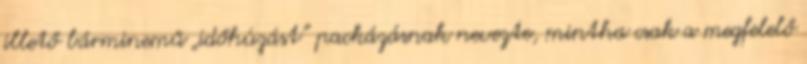
illető bárminemű „időhúzást” packázásnak nevezte, mintha csak a meg­fe­lelő